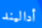
أداليند